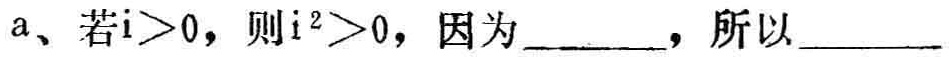
a、若\(i > 0\)，则\(i^{2}>0\)，因为______，所以______